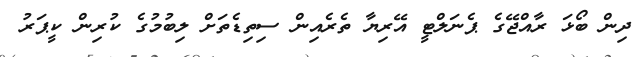
ދިން ބޯޅަ ރާއްޖޭގެ ޕެނަލްޓީ އޭރިޔާ ތެރެއިން ސިތިޑެތަށް ލިބުމުގެ ކުރިން ކީޕަރު